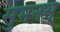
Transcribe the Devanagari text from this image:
सुमनस्